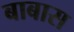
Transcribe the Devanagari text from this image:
बाबास